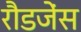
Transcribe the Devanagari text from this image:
रौडजेंस